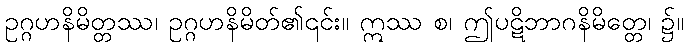
ဥဂ္ဂဟနိမိတ္တဿ၊ ဥဂ္ဂဟနိမိတ်၏၎င်း။ ဣဿ စ၊ ဤပဋိဘာဂနိမိတ္တေ၊ ၌။